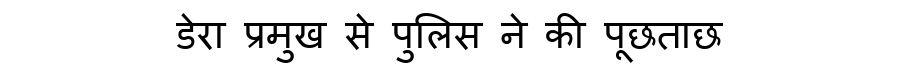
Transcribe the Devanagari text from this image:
डेरा प्रमुख से पुलिस ने की पूछताछ